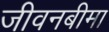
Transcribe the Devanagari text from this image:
जीवनबीमा